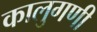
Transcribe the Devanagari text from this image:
कालुगणी